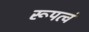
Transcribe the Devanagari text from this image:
रूपत्वं